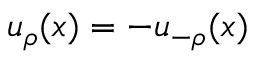
u _ { \rho } ( \boldsymbol { x } ) = - u _ { - \rho } ( \boldsymbol { x } )